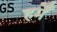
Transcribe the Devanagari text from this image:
हमेँ